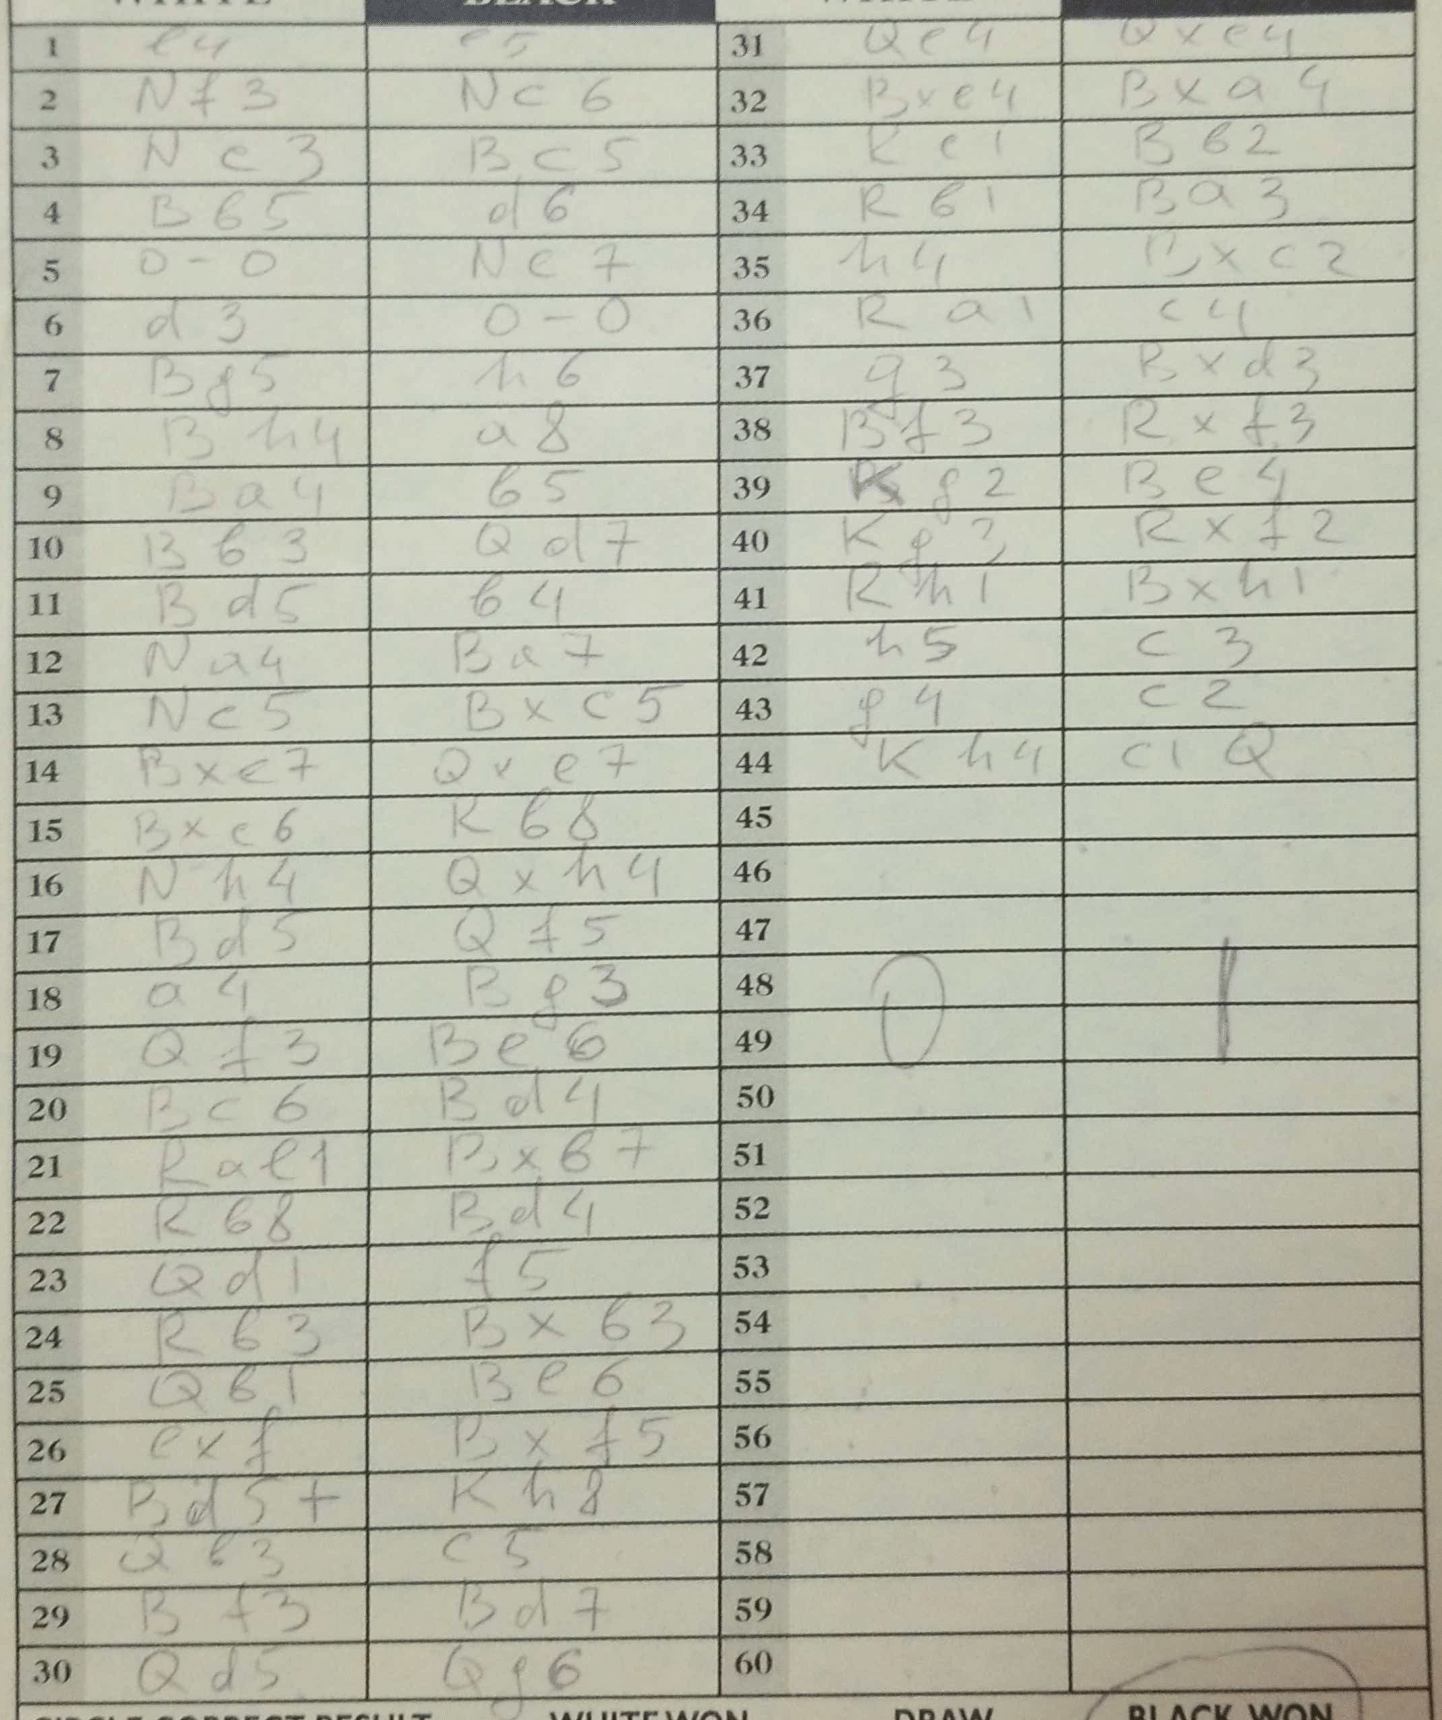
Moves: e4 e5 Nf3 Nc6 Ne3 Bc5 Bb5 d6 O-O Nc7 d3 O-O Bf5 h6 Bh4 a8 Ba4 g5 Bb3 Qd7 Bd5 b4 Na4 Ba7 Nc5 Bxc5 Bxe7 Qxe7 Bxe6 Rb8 Nh4 Qxh4 Bd5 Qf5 a4 Bf3 Qf3 Be6 Bc6 Bd4 Rae1 Bxb7 Rb8 Bd4 Qd1 f5 Rb3 Bxb3 Qb1 Be6 exf Bxf5 Bd5+ Rh8 Qb3 c5 Bf3 Bd7 Qd5 Qg6 Qe4 Qxe4 Bxe4 Bxa4 Re1 Bb2 Rb1 Ba3 h4 Bxc2 Ra1 c4 g3 Bxd3 Bf3 Rxf3 Kg2 Be4 Kg3 Rxf2 Rh1 Bxh1 h5 c3 g4 c2 Kh4 c1Q